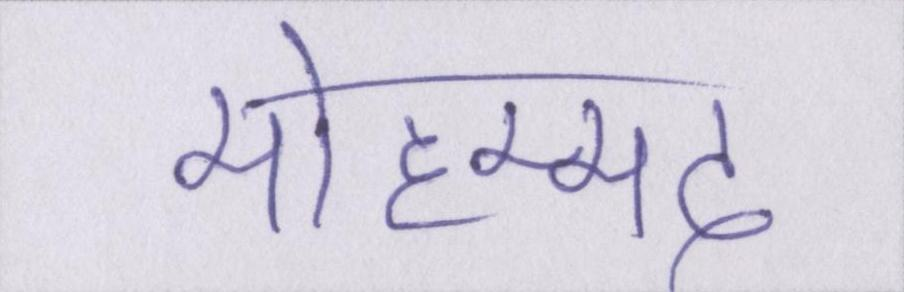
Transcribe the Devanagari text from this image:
मोहम्मद